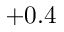
+ 0 . 4